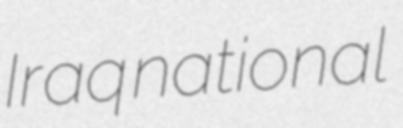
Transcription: Iraq national